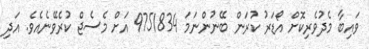
ވައިބާ މެދުވެރިކޮށް އޯޑަރު ކުރަން ބޭނުންނަމަ 9751834 އަށް މެސެޖް ކުރެވޭނެއެވެ. އަދި